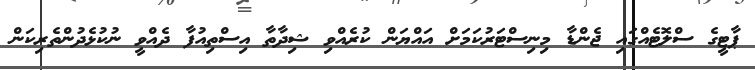
ޕާޓީގެ ސްލޮޓެއްގައި ޖެންޑާ މިނިސްޓަރުކަމަށް އައްޔަން ކުރެއްވި ޝިދާތާ އިސްތިއުފާ ދެއްވީ ނުކުޅެދުންތެރިކަން